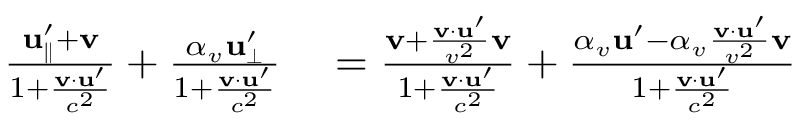
\begin{array} { r l } { { \frac { \mathbf { u } _ { \parallel } ^ { \prime } + \mathbf { v } } { 1 + { \frac { \mathbf { v } \cdot \mathbf { u } ^ { \prime } } { c ^ { 2 } } } } } + { \frac { \alpha _ { v } \mathbf { u } _ { \perp } ^ { \prime } } { 1 + { \frac { \mathbf { v } \cdot \mathbf { u } ^ { \prime } } { c ^ { 2 } } } } } } & { { } = { \frac { \mathbf { v } + { \frac { \mathbf { v } \cdot \mathbf { u } ^ { \prime } } { v ^ { 2 } } } \mathbf { v } } { 1 + { \frac { \mathbf { v } \cdot \mathbf { u } ^ { \prime } } { c ^ { 2 } } } } } + { \frac { \alpha _ { v } \mathbf { u } ^ { \prime } - \alpha _ { v } { \frac { \mathbf { v } \cdot \mathbf { u } ^ { \prime } } { v ^ { 2 } } } \mathbf { v } } { 1 + { \frac { \mathbf { v } \cdot \mathbf { u } ^ { \prime } } { c ^ { 2 } } } } } } \end{array}